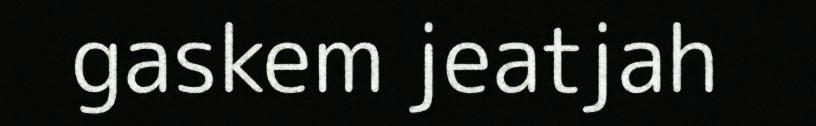
gaskem jeatjah